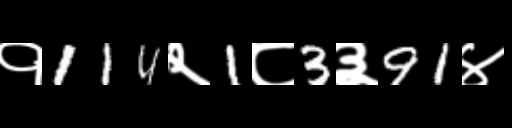
Text: १114२1८3३91४